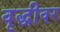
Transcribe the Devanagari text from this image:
वृद्धीवर